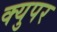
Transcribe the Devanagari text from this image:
क्युपर